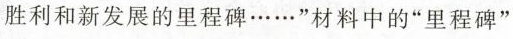
胜利和新发展的里程碑……”材料中的”里程碑”